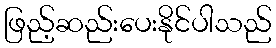
ဖြည့်ဆည်းပေးနိုင်ပါသည်